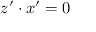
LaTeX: z ^ { \prime } \cdot x ^ { \prime } = 0